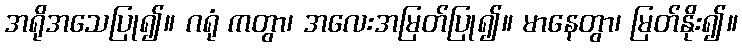
အရိုအသေပြု၍။ ဂရုံ ကတွာ၊ အလေးအမြတ်ပြု၍။ မာနေတွာ၊ မြတ်နိုး၍။